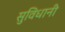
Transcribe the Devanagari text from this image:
सुविधानी